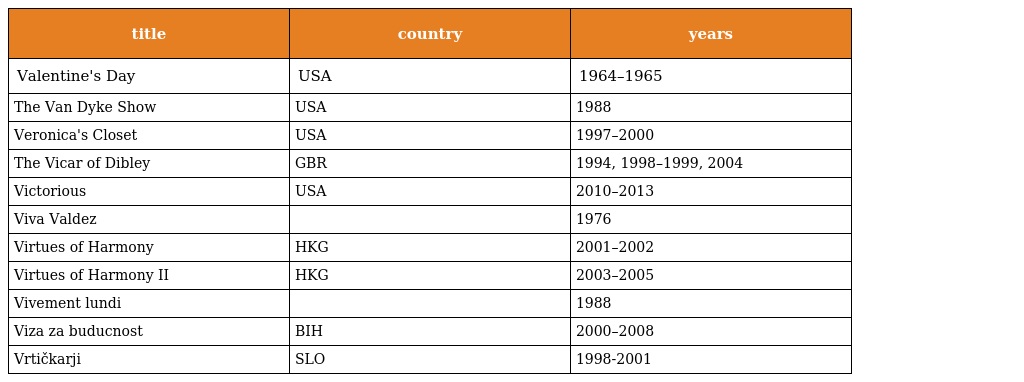
| title | country | years |
 | --- | --- | --- |
 | Valentine's Day | USA | 1964–1965 |
 | The Van Dyke Show | USA | 1988 |
 | Veronica's Closet | USA | 1997–2000 |
 | The Vicar of Dibley | GBR | 1994, 1998–1999, 2004 |
 | Victorious | USA | 2010–2013 |
 | Viva Valdez |  | 1976 |
 | Virtues of Harmony | HKG | 2001–2002 |
 | Virtues of Harmony II | HKG | 2003–2005 |
 | Vivement lundi |  | 1988 |
 | Viza za buducnost | BIH | 2000–2008 |
 | Vrtičkarji | SLO | 1998-2001 |